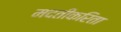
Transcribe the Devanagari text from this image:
मदतीकरिता